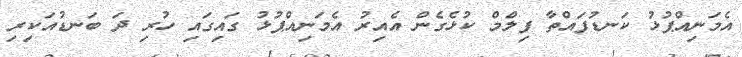
އެމަނިއްޕުޅު ކަނޑުފައްތާ ފިލްމް ކުޅެގެން އެއިރު އެމަނިއްޕުޅު ގައިގައި ހުރި ދަ ބަނޑުއަކިރި